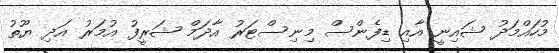
މުހައްމަދު ޝައިނީ އާއި ޑިފެންސް މިނިސްޓަރު އާދަމް ޝަރީފު އުމަރު އަދި ޔޫތު